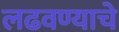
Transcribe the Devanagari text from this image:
लढवण्याचे